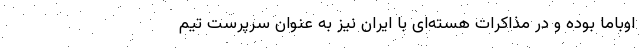
اوباما بوده و در مذاکرات هسته‌ای با ایران نیز به عنوان سرپرست تیم